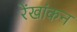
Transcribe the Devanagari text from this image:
रेंखांकन